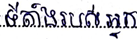
ទីតាំងរបស់អ្នក